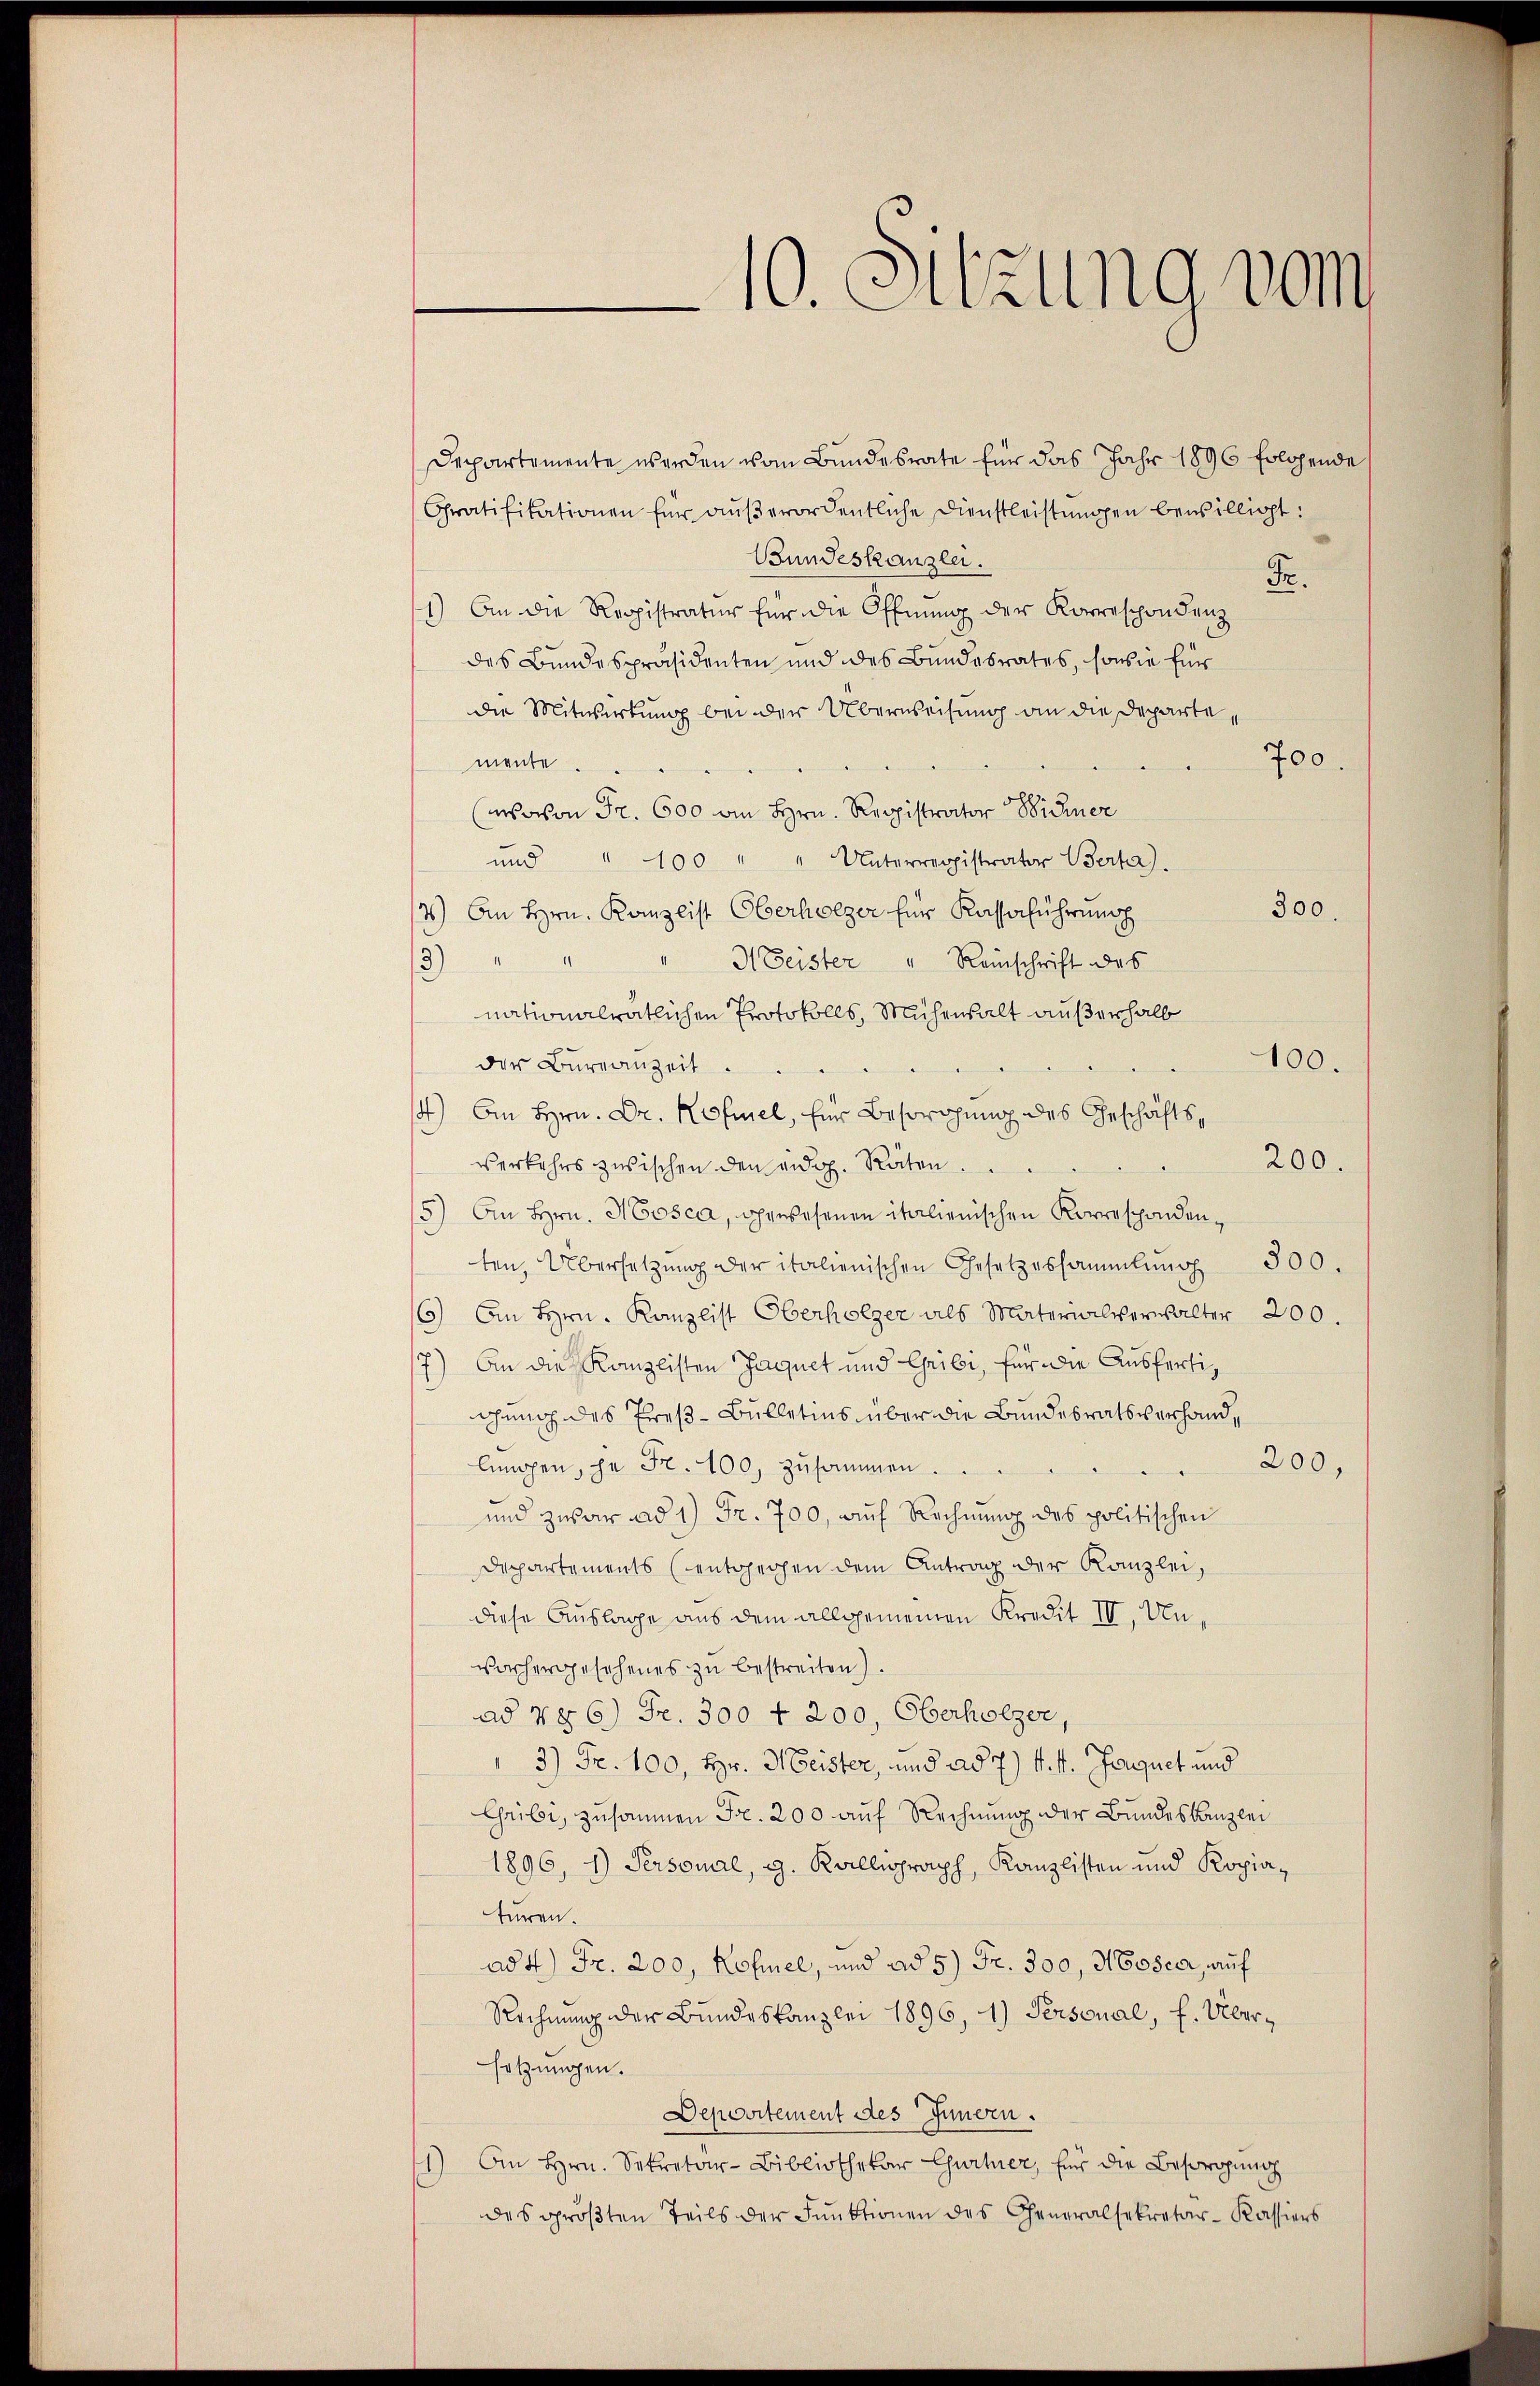
Departemente werden vom Bundesrate für das Jahr 1896 folgende
Oratifikationen für aŭβerordentliche Dienstleistŭngen bewilligt:
Bundeskanzlei.
Fr.
1) An die Reppistratur für die Öffnung der Korreschondenz
des Bundespräsidenten und des Bundesrates, sowie für
die Mitwirkung bei der Überweisung an die Departe,
700.
mente
(wovon Fr. 600 an Hrn. Registrator Wicher
und " 100 " " Unterregistrator Berta).
300.
4) An Hrn. Kanzlist Oberholzer für Kassaführung
" " 3 Geister " Reinschrift des
3)
nationalratlichen Protokolls, Mühensalt außerhalb
100.
der Bureauzeit.
4) An Hrn. Dr. Hofmel, für Besorgung des Geschäfts¬
200.
verkehrs zwischen den eidg. Räten.
5) An Hrn. Mosca, gewesenen italienischen Korrespondenten, Übersetzŭng der italienischen Gesetzessammlung 300.
6) An Hrn. Kanzlist Oberholzer als Materialverwalter 200.
7) An die Kanzlisten Jaquet und Gribi, für die Ausfertiahung des Preß-Bulletins über die Bundesratsverhand¬
200,
lungen, je Fr. 100, zusammen.
und zwar ad 1) Fr. 700, auf Rechnung des politischen
Deppartements entgegen dem Antrag der Kanzlei,
diese Auslage aus dem allgemeinen Kredit IV, Unvorhergesehenes zu bestreiten)
ad N§6) Fr. 300 f 200, Oberholzer,
3) Fr. 100, Hr. Meister, und ad 7) k. k. Frauet und
Gribi, zusammen Fr. 200 auf Rechnung der Bundeskanzlei
1896, 1) Personal, g. Kalligraph, Kanzlisten und Kopiaturen.
ad 4.) Fr. 200, Kolmnel, und ad 5) Fr. 300, Moser, auf
Rechnung der Bundeskanzlei 1896, 1.) Personal, f. Übersatzungen.
Depositement des Innern.
1) An Hrn. Sekretär-Bibliothekar Curtier, für die Besorgŭng
des größten Teils der Funktionen des Generalsekretär-Kassiers

10. Sitzung vom